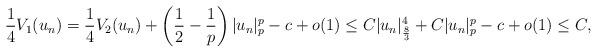
LaTeX: \begin{align*}\frac{1}{4}V_1(u_n) = \frac{1}{4}V_2(u_n) + \left(\frac{1}{2} - \frac{1}{p}\right)|u_n|^p_p -c +o(1) \leq C|u_n|^4_{\frac{8}{3}} + C|u_n|^p_p -c+o(1)\leq C,\end{align*}